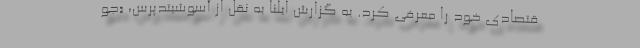
قتصادی خود را معرفی کرد. به گزارش ایلنا به نقل از آسوشیتدپرس، «جو